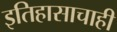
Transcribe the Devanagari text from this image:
इतिहासाचाही